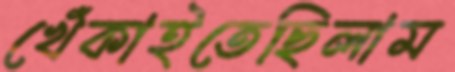
খেঁকাইতেছিলাম